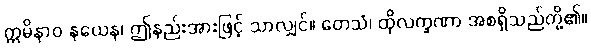
ဣမိနာဝ နယေန၊ ဤနည်းအားဖြင့် သာလျှင်။ တေသံ၊ ထိုလက္ခဏာ အစရှိသည်တို့၏။